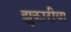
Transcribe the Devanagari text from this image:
झुकारीया